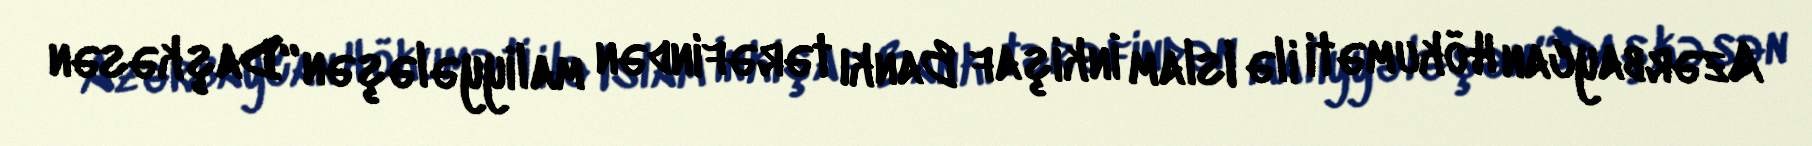
Azərbaycan Hökuməti ilə Islam İnkişaf Bankı tərəfindən maliyyələşən “Daşkəsən